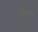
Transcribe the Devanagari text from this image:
बोर।